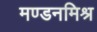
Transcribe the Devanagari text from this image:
मण्डनमिश्र